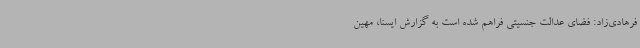
فرهادی‌زاد: فضای عدالت جنسیتی فراهم شده است به گزارش ایسنا، مهین